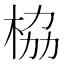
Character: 栛